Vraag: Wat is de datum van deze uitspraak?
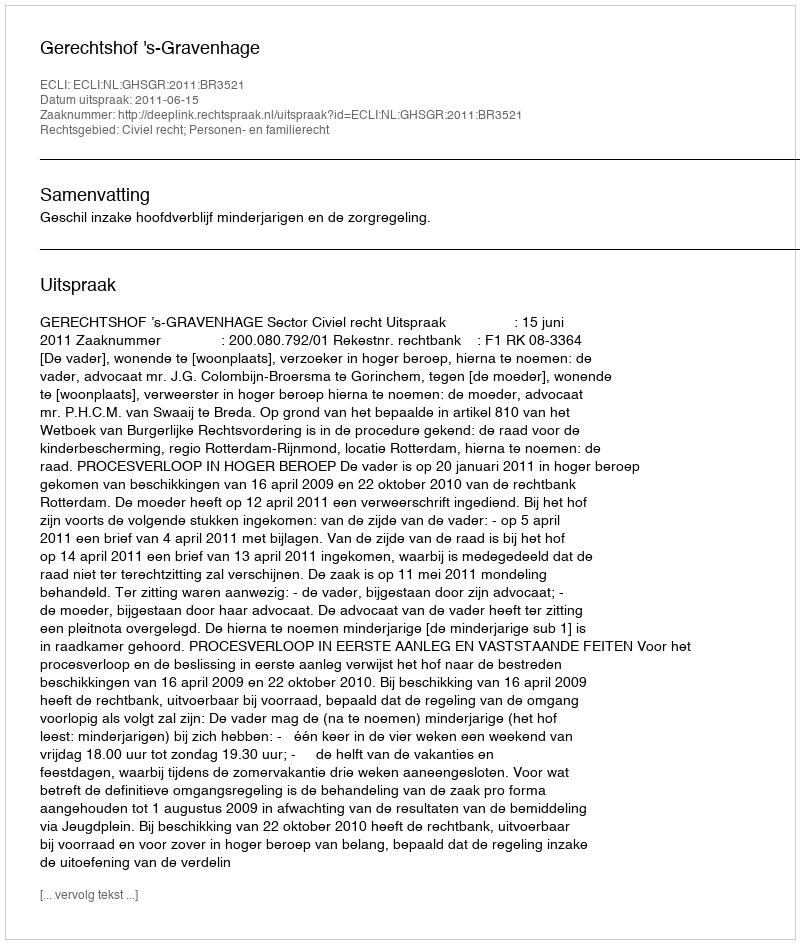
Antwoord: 2011-06-15